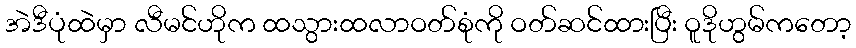
အဲဒီပုံထဲမှာ လီမင်ဟိုက ထသွားထလာဝတ်စုံကို ဝတ်ဆင်ထားပြီး ဝူဒိုဟွမ်ကတော့